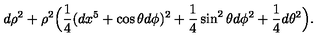
d \rho ^ { 2 } + \rho ^ { 2 } \Big ( { \frac { 1 } { 4 } } ( d x ^ { 5 } + \cos \theta d \phi ) ^ { 2 } + { \frac { 1 } { 4 } } \sin ^ { 2 } \theta d \phi ^ { 2 } + { \frac { 1 } { 4 } } d \theta ^ { 2 } \Big ) .